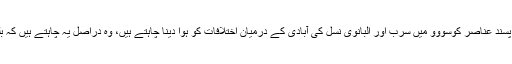
صدر ٹاڈچ نے کہا کہ ایسے واقعات کے ذریعے جو انتہا پسند عناصر کوسووو میں سرب اور البانوی نسل کی آبادی کے درمیان اختلافات کو ہوا دینا چاہتے ہیں، وہ دراصل یہ چاہتے ہیں کہ بلغراد اور پرشٹینا کے مابین مذاکراتی عمل ناکام ہو جائے۔